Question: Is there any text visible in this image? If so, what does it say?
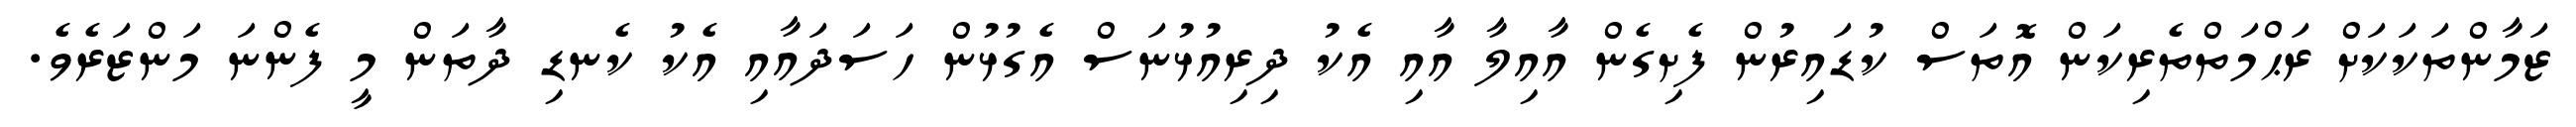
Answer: ޒަމާންތަކަކަށް ރަޙްމަތްތެރިކަން އޮތަސް ކުޑައިރުން ފެށިގެން އާއިލާ އާއި އެކު ދިރިއުޅުނަސް އެގުޅުން ހަސަދައާއި އެކު ކެނޑި ދާތަން މީ ފެންނަ މަންޒަރެވެ.